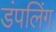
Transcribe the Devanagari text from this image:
डंपलिंग